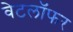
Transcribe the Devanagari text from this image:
वेटलॉफर